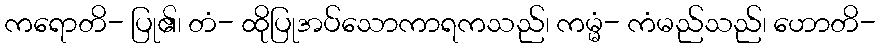
ကရောတိ- ပြု၏၊ တံ- ထိုပြုအပ်သောကာရကသည်၊ ကမ္မံ- ကံမည်သည်၊ ဟောတိ-